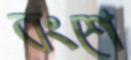
বংশে